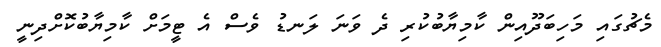
މެޗުގައި މަހިބަދޫއިން ކާމިޔާބުކުރި ދެ ވަނަ ލަނޑު ވެސް އެ ޓީމަށް ކާމިޔާބުކޮށްދިނީ